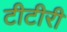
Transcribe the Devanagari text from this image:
टीटीरी